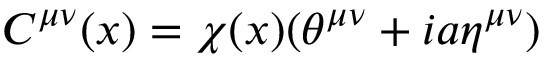
C ^ { { \mu } { \nu } } ( x ) = { \chi } ( x ) ( { \theta } ^ { { \mu } { \nu } } + i a { \eta } ^ { { \mu } { \nu } } )